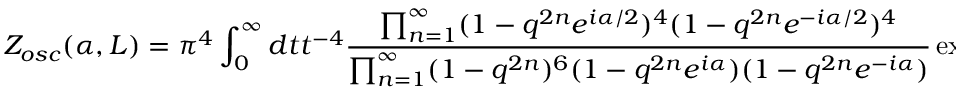
Z _ { o s c } ( \alpha , L ) = \pi ^ { 4 } \int _ { 0 } ^ { \infty } d t t ^ { - 4 } \frac { \prod _ { n = 1 } ^ { \infty } ( 1 - q ^ { 2 n } e ^ { i \alpha / 2 } ) ^ { 4 } ( 1 - q ^ { 2 n } e ^ { - i \alpha / 2 } ) ^ { 4 } } { \prod _ { n = 1 } ^ { \infty } ( 1 - q ^ { 2 n } ) ^ { 6 } ( 1 - q ^ { 2 n } e ^ { i \alpha } ) ( 1 - q ^ { 2 n } e ^ { - i \alpha } ) } \exp \left( - { \frac { L ^ { 2 } } { 4 \pi t } } \right) ,